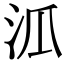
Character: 𣲖